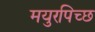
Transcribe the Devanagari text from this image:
मयुरपिच्छ